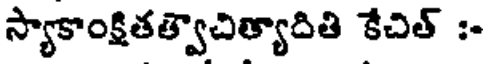
స్యాకాంక్షితత్వాచిత్యాదితి కేచిత్ :-